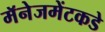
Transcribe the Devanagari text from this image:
मॅनेजमेंटकडे